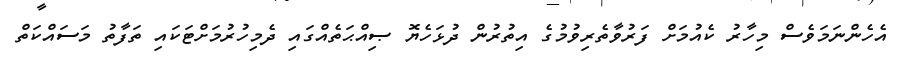
އެހެންނަމަވެސް މިހާރު ކެއުމަށް ފަރުވާތެރިވުމުގެ އިތުރުން ދުޅަހެޔޮ ޞިއްޙަތެއްގައި ދެމިހުރުމަށްޓަކައި ތަފާތު މަސައްކަތް